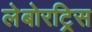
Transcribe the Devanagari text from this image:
लेबोरट्रिस